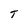
Character: T